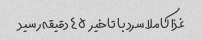
غذا کاملا سرد با تاخیر  ٤٥ دقیقه رسید